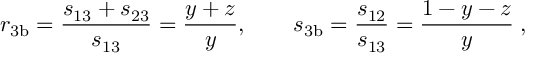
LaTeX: r _ { \mathrm { 3 b } } = \frac { s _ { 1 3 } + s _ { 2 3 } } { s _ { 1 3 } } = \frac { y + z } { y } , \qquad s _ { \mathrm { 3 b } } = \frac { s _ { 1 2 } } { s _ { 1 3 } } = \frac { 1 - y - z } { y } \; ,